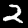
Label: 2